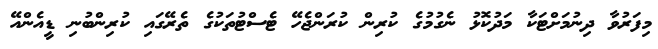
މިފަރުވާ ދިނުމަށްޓަކާ މަދުކޮޅު ނެގުމުގެ ކުރިން ކުރަންޖެހޭ ޓެސްޓުތަކުގެ ތެރޭގައި ކުރިންބުނި ޑީއެންއޭ